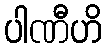
ပါဏီဟိ